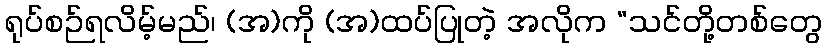
ရုပ်စဉ်ရလိမ့်မည်၊ (အ)ကို (အ)ထပ်ပြုတဲ့ အလိုက “သင်တို့တစ်တွေ